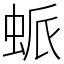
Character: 䖰